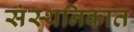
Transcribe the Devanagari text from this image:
संस्थनिकात